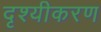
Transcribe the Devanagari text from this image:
दृश्यीकरण